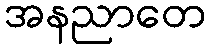
အနညာတေ